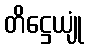
တိဋ္ဌေယျုံ